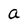
Character: a